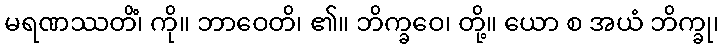
မရဏဿတိံ၊ ကို။ ဘာဝေတိ၊ ၏။ ဘိက္ခဝေ၊ တို့။ ယော စ အယံ ဘိက္ခု၊